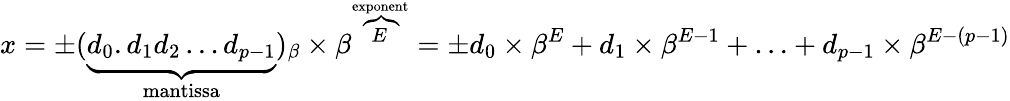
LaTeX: x=\pm(\underbrace{d_{0}.d_{1}d_{2}\ldots d_{p-1}}_{\mathrm{mantissa}})_{\beta}\times\beta^{\overbrace{E}^{\mathrm{exponent}}}=\pm d_{0}\times\beta^{E}+d_{1}\times\beta^{E-1}+\ldots+d_{p-1}\times\beta^{E-(p-1)}